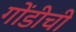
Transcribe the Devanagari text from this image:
गोंडीची